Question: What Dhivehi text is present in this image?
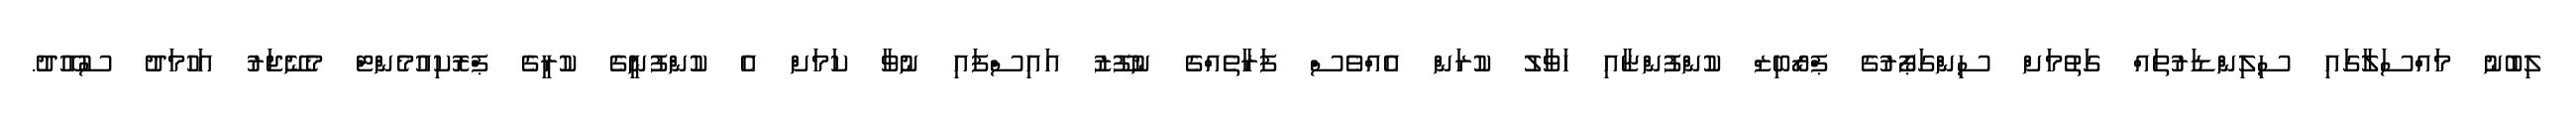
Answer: ލިބުނު މައްސަލާގައި ސިލިންޑަރުތައް ގަތުމަށް ސިންގަޕޯރުގެ ޕްރޯބިޒް ކުންފުންޏާއި ހަވާލު ކުރަން އެއްވެސް ފަރާތެއްގެ ނުފޫޒު އައިސްފައި ނުވާ ކަމަށް އެ ކުންފުނީގެ ކުރީގެ ޕްރޮކިއުމެންޓް މެނޭޖަރު އަހުމަދު ސުއޫދު.